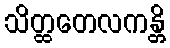
သိတ္ထတေလကန္တိ